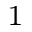
_ 1